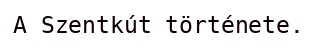
A Szentkút története.